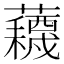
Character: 𫊕